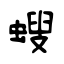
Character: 螋